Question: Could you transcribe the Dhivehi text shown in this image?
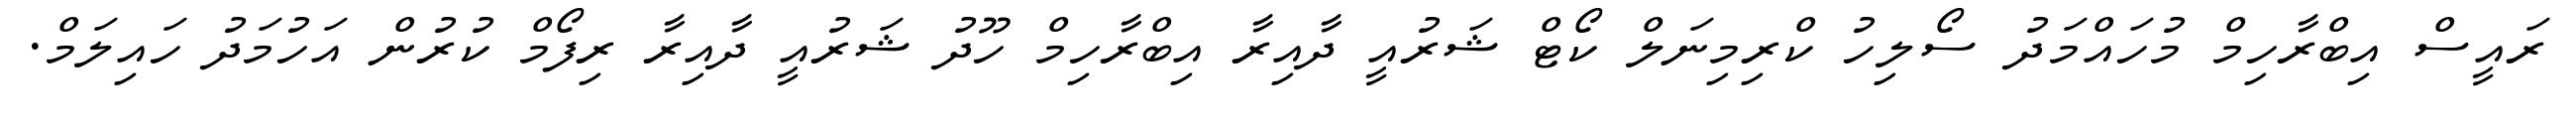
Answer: ރައީސް އިބްރާހިމް މުހައްމަދު ސޯލިހު ކްރިމިނަލް ކޯޓް ޝަރުއީ ދާއިރާ އިބްރާހިމް ހޫދު ޝަރުއީ ދާއިރާ ރިފޯމް ކުރުން އަހުމަދު ހައިލަމް.